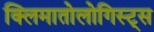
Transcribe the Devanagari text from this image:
क्लिमातोलोगिस्ट्स